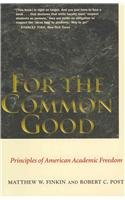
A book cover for For the Common Good: Principles of American Academic Freedom; Matthew W. Finkin; Law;